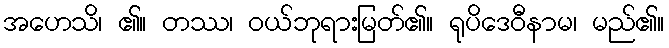
အဟေသိ၊ ၏။ တဿ၊ ဝယ်ဘုရားမြတ်၏။ ရုပိဒေဝီနာမ၊ မည်၏။